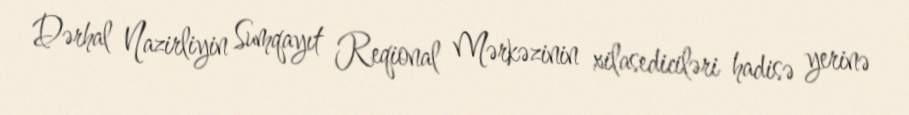
Dərhal Nazirliyin Sumqayıt Reqional Mərkəzinin xilasediciləri hadisə yerinə